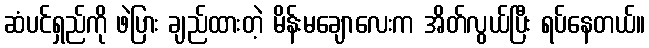
ဆံပင်ရှည်ကို ဖဲပြား ချည်ထားတဲ့ မိန်းမချောလေးက အိတ်လွယ်ပြီး ရပ်နေတယ်။